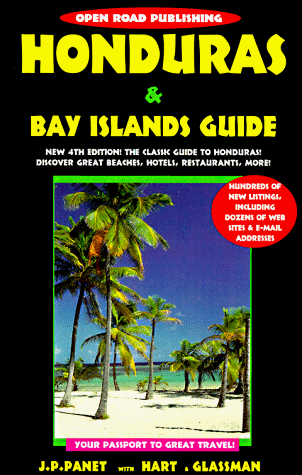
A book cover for Honduras and Bay Islands Guide (Open Road); Jean-Pierre Panet; Travel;